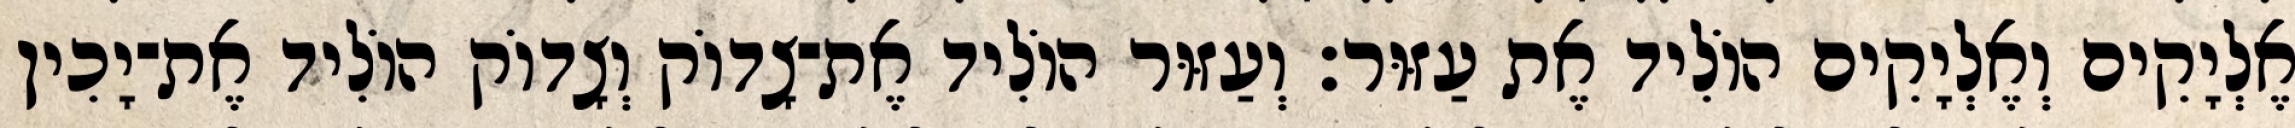
אֶלְיָקִים וְאֶלְיָקִים הוֹלִיד אֶת עַזּוּר׃ וְעַזּוּר הוֹלִיד אֶת־צָדוֹק וְצָדוֹק הוֹלִיד אֶת־יָכִין